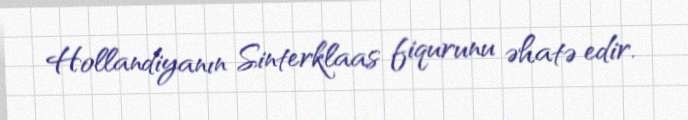
Hollandiyanın Sinterklaas fiqurunu əhatə edir.